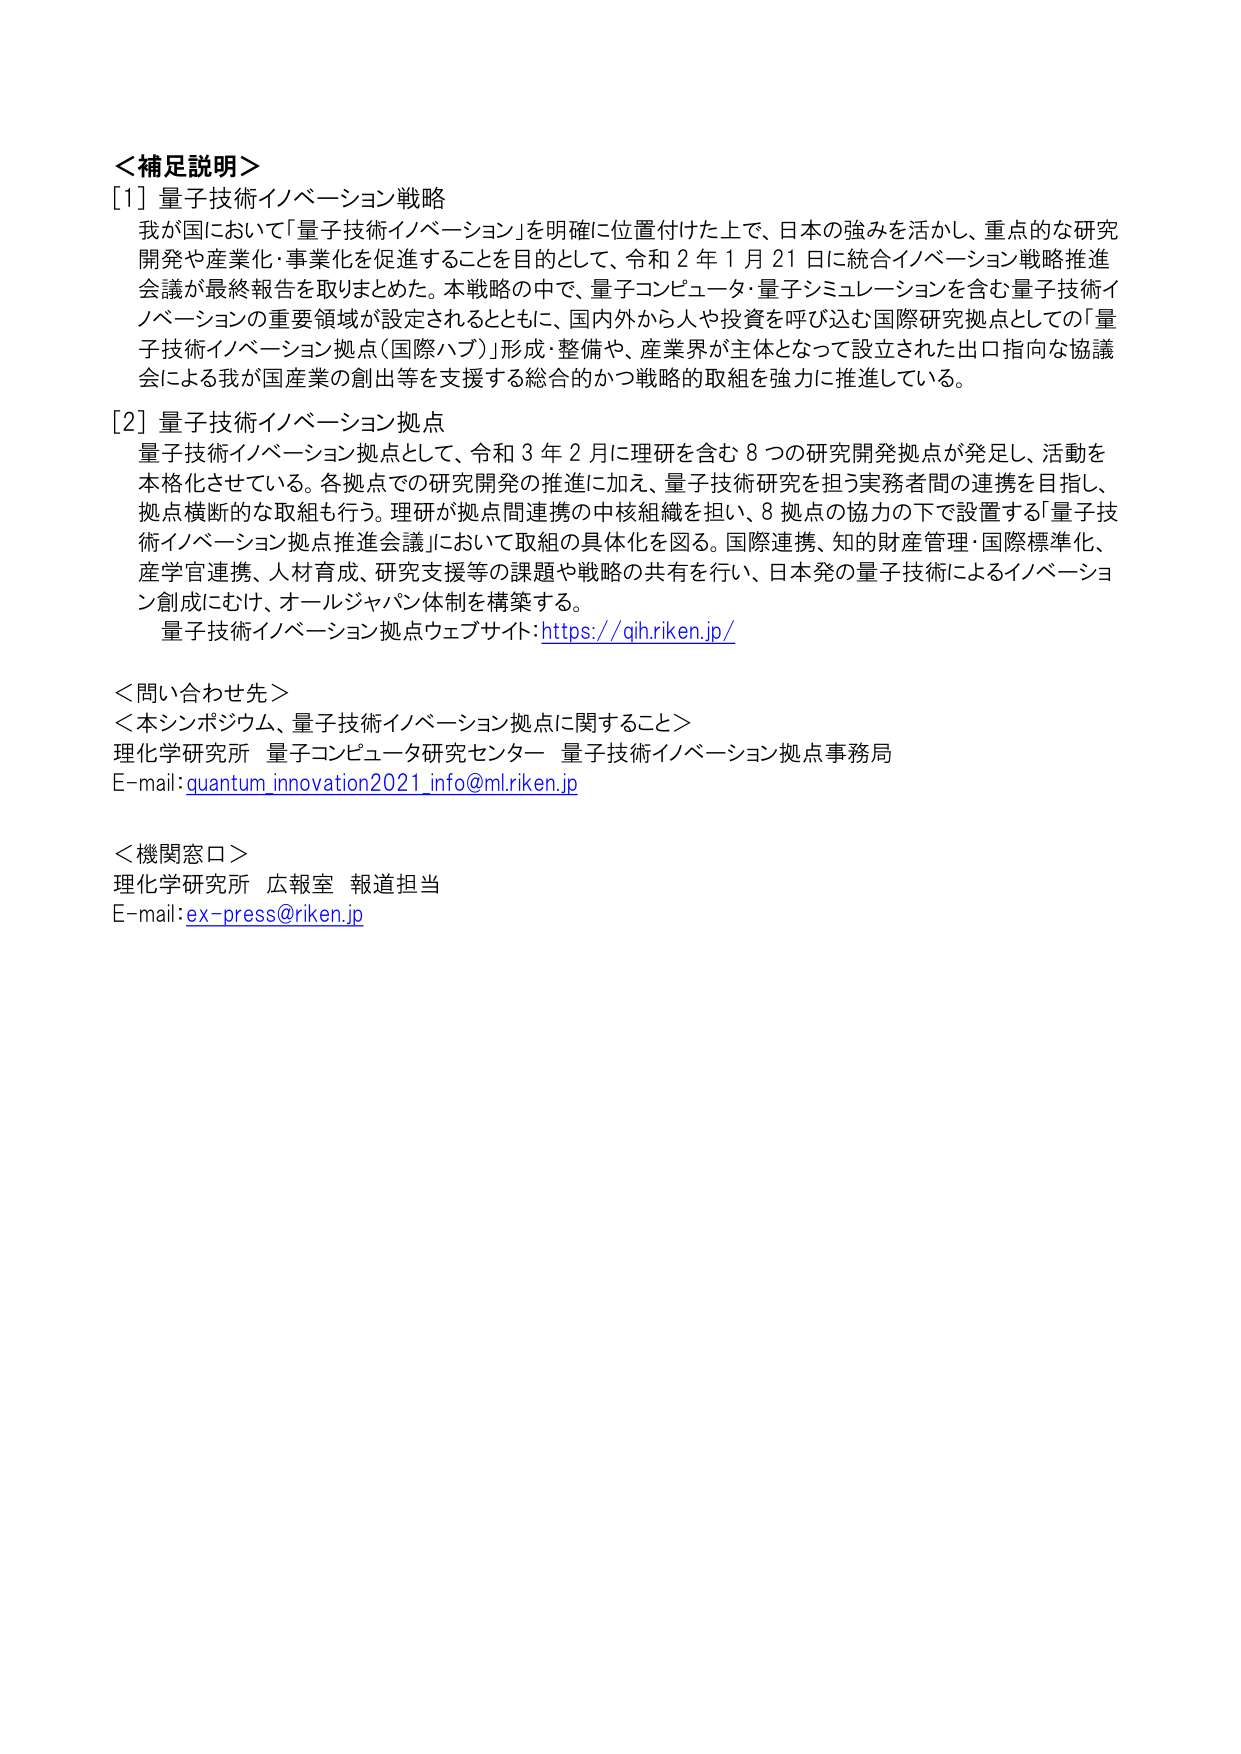
＜補足説明＞
[1] 量子技術イノベーション戦略
我が国において「量子技術イノベーション」を明確に位置付けた上で、日本の強みを活かし、重点的な研究開発や産業化・事業化を促進することを目的として、令和２年１月21日に統合イノベーション戦略推進会議が最終報告を取りまとめた。本戦略の中で、量子コンピュータ・量子シミュレーションを含む量子技術イノベーションの重要領域が設定されるとともに、国内外から人や投資を呼び込む国際研究拠点としての「量子技術イノベーション拠点（国際ハブ）」形成・整備や、産業界が主体となって設立された出口指向な協議会による我が国産業の創出等を支援する総合的かつ戦略的取組を強力に推進している。

[2] 量子技術イノベーション拠点
量子技術イノベーション拠点として、令和３年２月に理研を含む８つの研究開発拠点が発足し、活動を本格化させている。各拠点での研究開発の推進に加え、量子技術研究を担う実務者間の連携を目指し、拠点横断的な取組も行う。理研が拠点間連携の中核組織を担い、８拠点の協力の下で設置する「量子技術イノベーション拠点推進会議」において取組の具体化を図る。国際連携、知的財産管理・国際標準化、産学官連携、人材育成、研究支援等の課題や戦略の共有を行い、日本発の量子技術によるイノベーション創成にむけ、オールジャパン体制を構築する。
量子技術イノベーション拠点ウェブサイト：https://qih.riken.jp/

＜問い合わせ先＞
＜本シンポジウム、量子技術イノベーション拠点に関すること＞
理化学研究所 量子コンピュータ研究センター 量子技術イノベーション拠点事務局
E-mail：quantum_innovation2021_info@ml.riken.jp

＜機関窓口＞
理化学研究所 広報室 報道担当
E-mail：ex-press@riken.jp